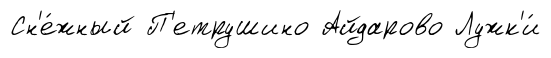
Сн'е́жный П'етрушино Айдарово Лужк'и́